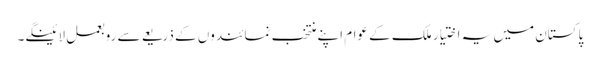
پاکستان میں یہ اختیار ملک کے عوام اپنے منتخب نمائندوں کے ذریعے سے روبعمل لائینگے۔